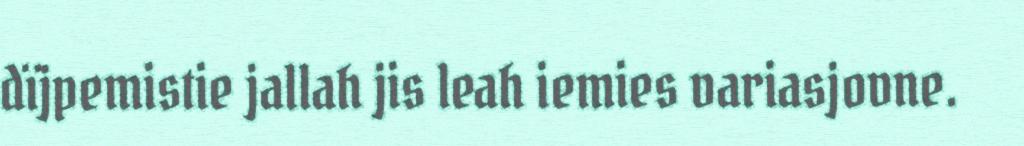
dïjpemistie jallah jis leah iemies variasjovne.